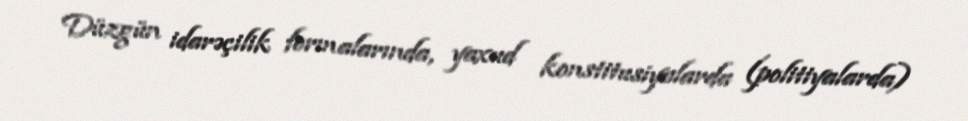
Düzgün idarəçilik formalarında, yaxud konstitusiyalarda (politiyalarda)